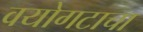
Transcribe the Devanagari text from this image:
वयोगटाचा